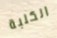
الكلبة